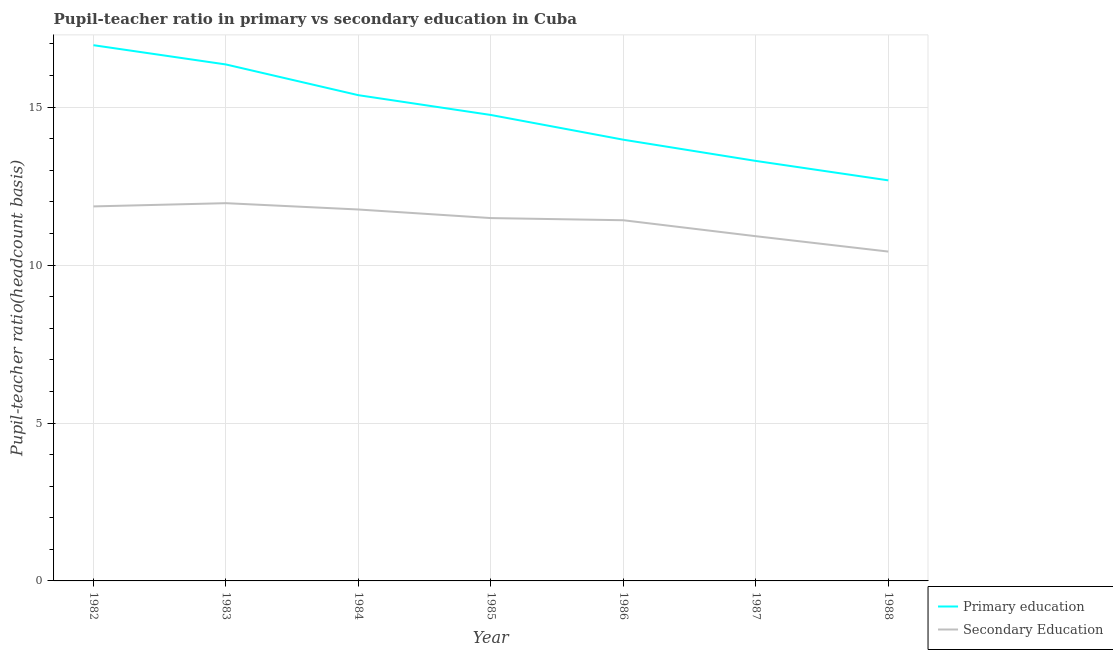
| Year | Primary education | Secondary Education |
 | --- | --- | --- |
 | 1982 | 17 | 11.9 |
 | 1983 | 16.4 | 12 |
 | 1984 | 15.4 | 11.8 |
 | 1985 | 14.8 | 11.5 |
 | 1986 | 14 | 11.4 |
 | 1987 | 13.3 | 10.9 |
 | 1988 | 12.7 | 10.4 |